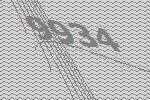
9934